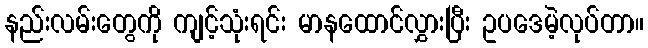
နည်းလမ်းတွေကို ကျင့်သုံးရင်း မာနထောင်လွှားပြီး ဥပဒေမဲ့လုပ်တာ။